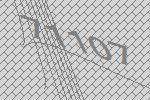
71107